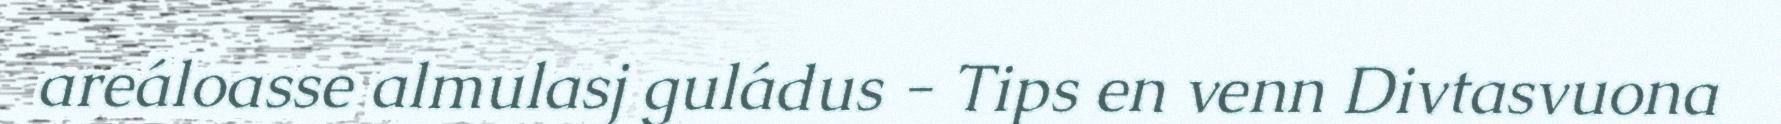
areáloasse almulasj guládus - Tips en venn Divtasvuona